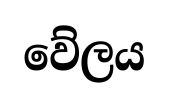
වේලය